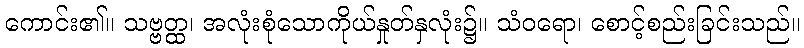
ကောင်း၏။ သဗ္ဗတ္ထ၊ အလုံးစုံသောကိုယ်နှုတ်နှလုံး၌။ သံဝရော၊ စောင့်စည်းခြင်းသည်။